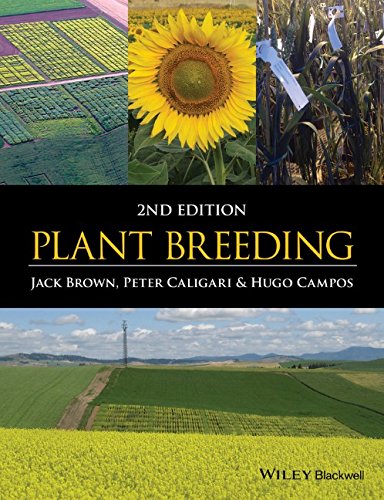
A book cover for Plant Breeding; Jack Brown; Science & Math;